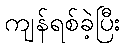
ကျန်ရစ်ခဲ့ပြီး